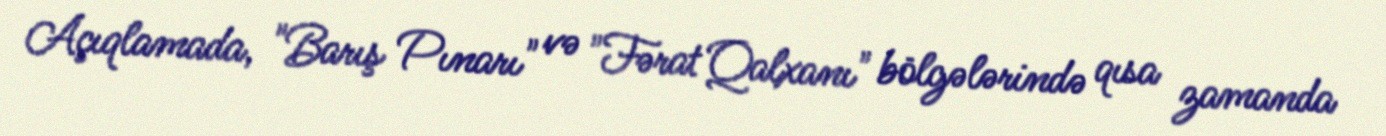
Açıqlamada, "Barış Pınarı" və "Fərat Qalxanı" bölgələrində qısa zamanda